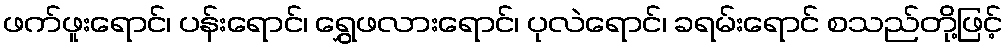
ဖက်ဖူးရောင်၊ ပန်းရောင်၊ ရွှေဖလားရောင်၊ ပုလဲရောင်၊ ခရမ်းရောင် စသည်တို့ဖြင့်